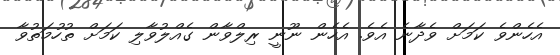
އެހެންވެ ކަމަށް ވެދާނެ އެވެ. އެހެން ނޫނީ ރިލްވާން ގެއްލުވާލި ކަމަށް ތުހުމަތުވާ